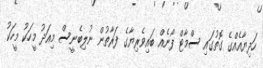
ހަދިޔާއެއްގެ ގޮތުގައި ސްމާޓް ފޯނެއް ބައިވެރިޔާގެ ފަރާތުން ނުލިބެނީސް މިއަދު މީހަކު މީހަކު